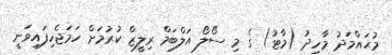
މުޙައްމަދު މާހިދު (މާޓު) ގެ މި ސޯލޯ އަލްބަމް ރިލީޒް ކުރުމަށް ހަމަޖެހިފައިވަނީ